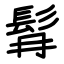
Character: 髥